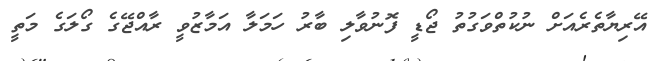
އޭރިޔާތެރެއަށް ނުކުތްވަގުތު ޖޯޑީ ފޮނުވާލި ބާރު ހަމަލާ އަމާޒުވީ ރާއްޖޭގެ ގޯލަގެ މަތީ